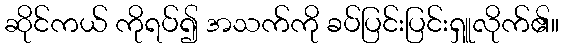
ဆိုင်ကယ် ကိုရပ်၍ အသက်ကို ခပ်ပြင်းပြင်းရှူလိုက်၏။